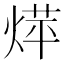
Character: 𮳰